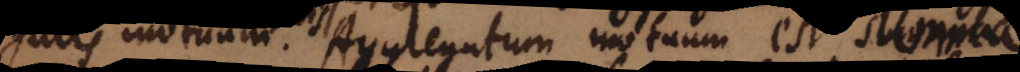
gatis motuum. Aggregatum motuum est summa